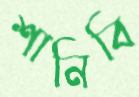
শানিবি